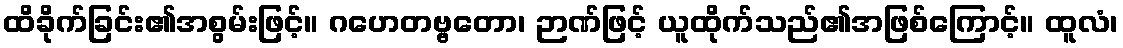
ထိခိုက်ခြင်း၏အစွမ်းဖြင့်။ ဂဟေတဗ္ဗတော၊ ဉာဏ်ဖြင့် ယူထိုက်သည်၏အဖြစ်ကြောင့်။ ထူလံ၊